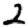
Digit: 2